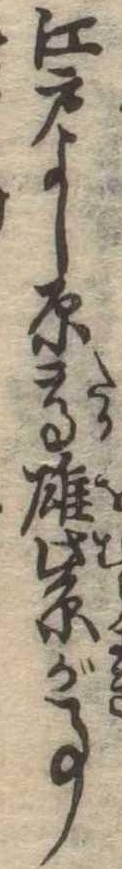
江戸よし原高雄紫が事